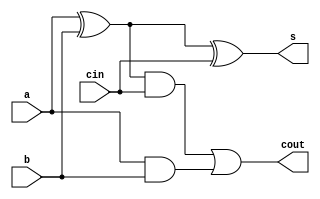
module fa(a, b, cin, s, cout);
	input a, b, cin;
	output s, cout;
	wire n1, n2, n3;

	xor(n1, a, b);
	xor(s, n1, cin);
	and(n2, n1, cin);
	and(n3, a, b);
	or(cout, n2, n3);

endmodule